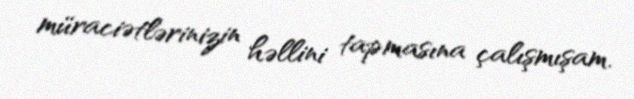
müraciətlərinizin həllini tapmasına çalışmışam.